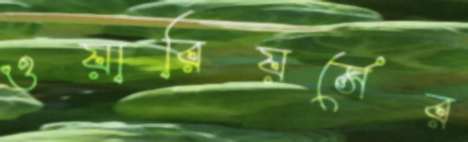
ওয়ারিয়র্সের